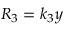
R _ { 3 } = k _ { 3 } y